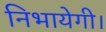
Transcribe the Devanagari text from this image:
निभायेगी।